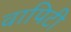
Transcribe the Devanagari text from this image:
वापिटी